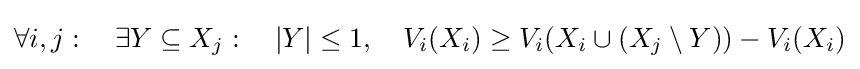
\forall i,j:~~~\exists Y\subseteq X_{j}:~~~|Y|\leq 1,~~~V_{i}(X_{i})\geq V_{i}(X_{i}\cup (X_{j}\setminus Y))-V_{i}(X_{i})